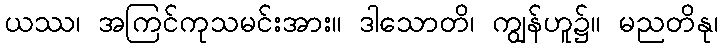
ယဿ၊ အကြင်ကုသမင်းအား။ ဒါသောတိ၊ ကျွန်ဟူ၌။ မညတိနု၊